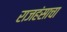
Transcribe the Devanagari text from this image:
राजहंसाचा